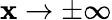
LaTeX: \mathbf{x}\rightarrow\pm\infty